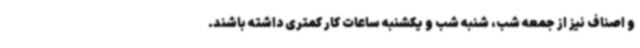
و اصناف نیز از جمعه شب، شنبه شب و یکشنبه ساعات کار کمتری داشته باشند.